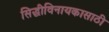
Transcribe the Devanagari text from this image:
सिद्धीविनायकासाठी